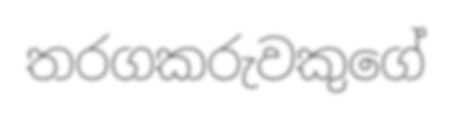
තරගකරුවකුගේ